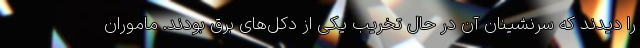
را دیدند که سرنشینان آن در حال تخریب یکی از دکل‌های برق بودند. ماموران